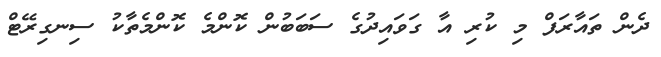
ދެން ތައާރަފް މި ކުރި އާ ގަވައިދުގެ ސަބަބުން ކޮންމެ ކޮންމެތާކު ސިނގިރޭޓް